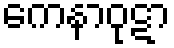
ကေနာဝုဋာ